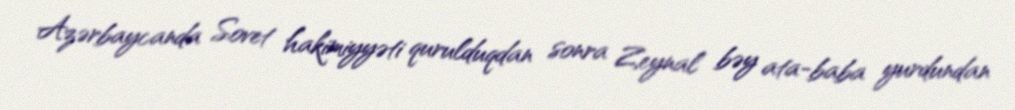
Azərbaycanda Sovet hakimiyyəti qurulduqdan sonra Zeynal bəy ata-baba yurdundan